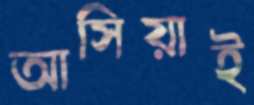
আসিয়াই